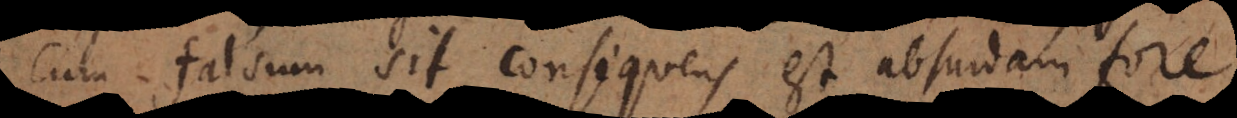
cum falsum sit consequens est absurdam fore